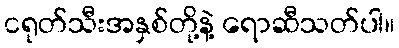
ငရုတ်သီးအနှစ်တို့နဲ့ ရောဆီသတ်ပါ။